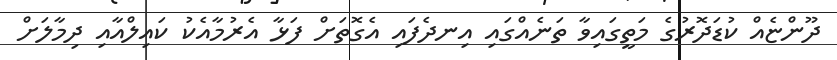
ދޫންޏެއް ކުޑަދޮރުގެ މަތީގައިވާ ތަނެއްގައި އިނދެފައި އެގޮތަށް ފަޅާ އެރުމާއެކު ކައިލްއާއި ދިމާލަށް